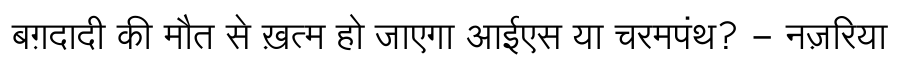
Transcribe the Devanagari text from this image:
बग़दादी की मौत से ख़त्म हो जाएगा आईएस या चरमपंथ? - नज़रिया